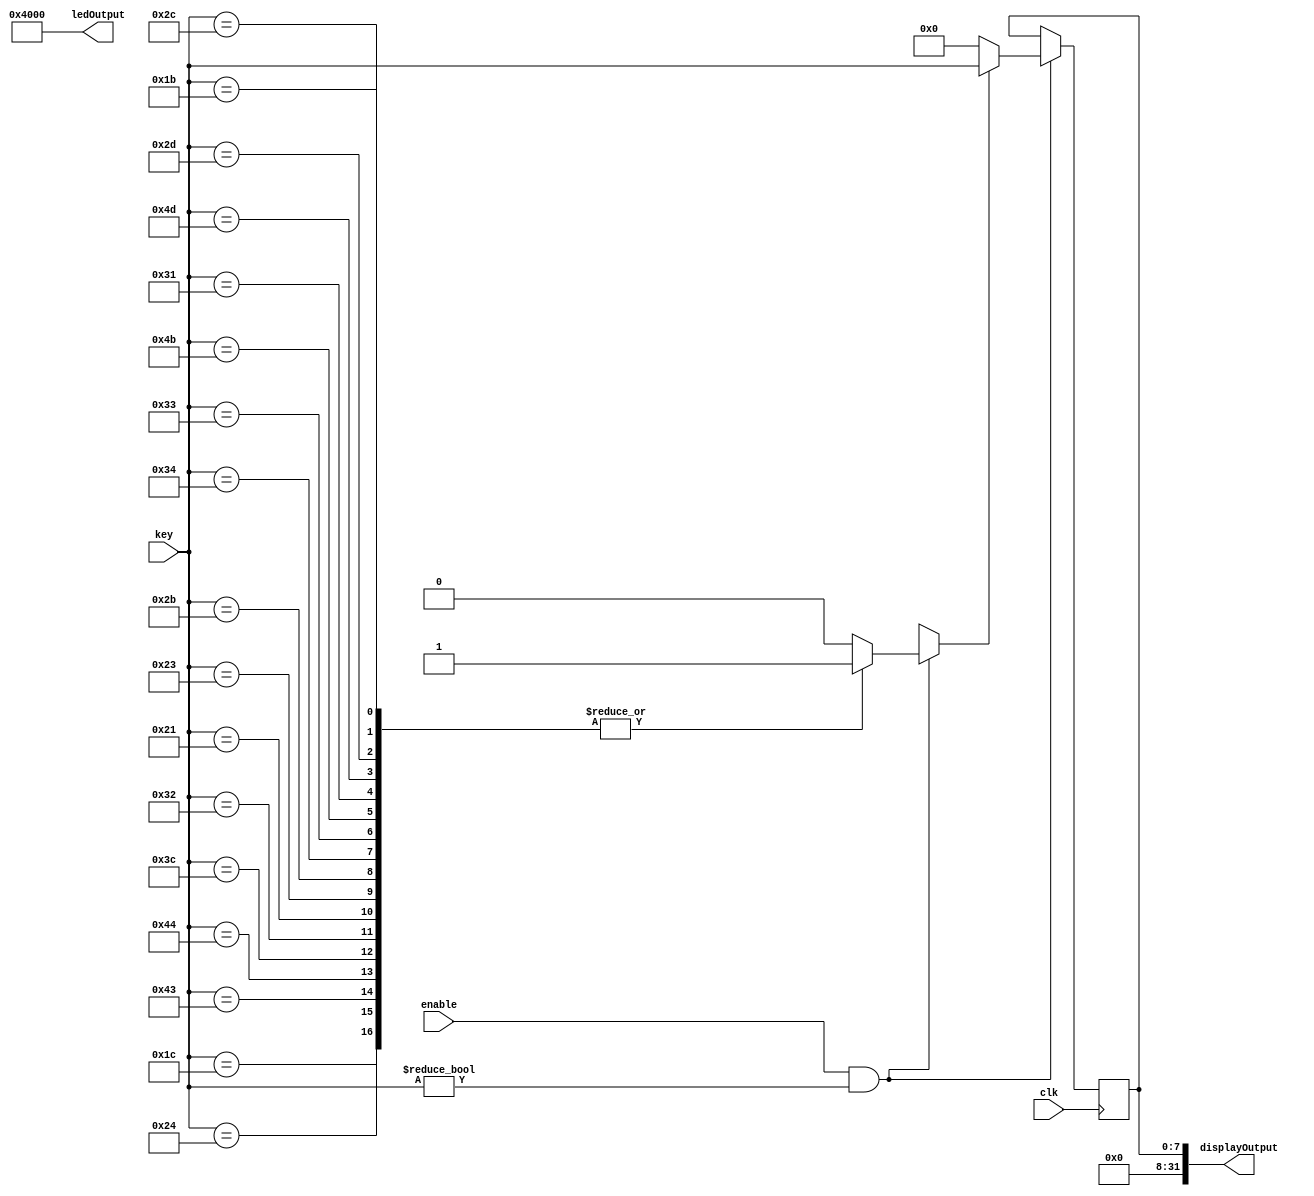
`timescale 1ns / 1ps

module singleEntryController(
    input wire clk,
    input wire enable,
    input wire [7:0] key,
    output wire [31:0] displayOutput,
    output wire [15:0] ledOutput
    );
    
    // Most recent key pressed
    reg [7:0] keyPressed;
    
    // Assign SSD and LED display data
    assign displayOutput = {24'h0, keyPressed};
    assign ledOutput = {2'd1, 14'h0};
    
    always @(posedge clk) begin
        // If should accept input and a key has been pressed then update
        if(enable && key != 8'h0) begin
            if(isRecognisedChar(key)) keyPressed <= key;
            else keyPressed <= 8'h0;
        end
    end
    
    // Checks whether a scan code is recognised and outputs 1 otherwise 0
    function isRecognisedChar (input [7:0] code);
        begin
            case (code)
            8'h1C : isRecognisedChar = 1'b1; //A
            8'h24 : isRecognisedChar = 1'b1; //E
            8'h43 : isRecognisedChar = 1'b1; //I
            8'h44 : isRecognisedChar = 1'b1; //O
            8'h3C : isRecognisedChar = 1'b1; //U
            8'h32 : isRecognisedChar = 1'b1; //b
            8'h21 : isRecognisedChar = 1'b1; //C
            8'h23 : isRecognisedChar = 1'b1; //d
            8'h2B : isRecognisedChar = 1'b1; //F
            8'h34 : isRecognisedChar = 1'b1; //G
            8'h33 : isRecognisedChar = 1'b1; //H
            8'h4B : isRecognisedChar = 1'b1; //L
            8'h31 : isRecognisedChar = 1'b1; //n
            8'h4D : isRecognisedChar = 1'b1; //p
            8'h2D : isRecognisedChar = 1'b1; //r
            8'h1B : isRecognisedChar = 1'b1; //S
            8'h2C : isRecognisedChar = 1'b1; //t
            default : isRecognisedChar = 1'b0;
        endcase
        end
    endfunction
        
endmodule